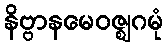
နိဗ္ဗာနမေဝဇ္ဈဂမုံ